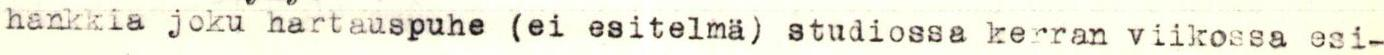
hankkia joku hartauspuhe (ei esitelmä) studiossa kerran viikossa esi-